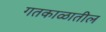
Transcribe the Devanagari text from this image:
गतकाळातील